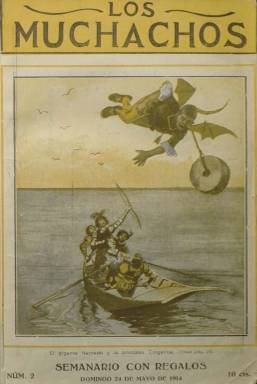
Título: Los Muchachos (Madrid)
Colección: Revistas infantiles
Ámbito geográfico: Madrid
Lugar de publicación: Madrid
Fechas: 17/05/1914-03/09/1922

Semanario con regalos es el subtítulo de esta revista infantil que destaca entre otras cosas por haberse publicado en sus páginas la que parece la primera traducción al español de ‘Alicia en el País de las Maravillas’, obra del británico Lewis Carroll publicada inicialmente en 1865.

La novela, en una versión resumida, comenzó a publicarse por entregas en esta revista a partir del 15 de noviembre de 1914. Fueron ocho entregas ilustradas por F. Mota. Hubo que esperar hasta 1927 para que se publicara la novela completa por la editorial Juventud con ilustraciones de Lola Anglada. La edición más antigua que posee la BNE es la tercera de esta editorial, de 1935.

   Las publicaciones para niños, antes predominantemente didácticas y moralistas, empezaron a principios del siglo XX a pensar más en la pura diversión de los pequeños, con historietas, chistes y concursos, aunque sin olvidar la parte didáctica. Junto a los cuentos y pasatiempos, Los Muchachos incluía informaciones y reportajes sobre Historia o naturaleza. ‘Divertiros siempre, aún cuando os instruyamos, es nuestro programa’, declaraba en su primer número.

    Coleccionando cupones de la revista se tenía derecho a un sorteo en el que se repartían más de 5.000 pesetas en regalos, según se decía en su segundo número: ‘1 triciclo, 5 equipos de soldado, 2 linternas mágicas, 3 cinematógrafos, 10 cajas de soldados, 20 colleras, 25 diávolos de goma, 59 balones, que hacen un total de 125 juguetes’.

   Todos estos juguetes, junto con libros de cuentos y enciclopedias que también se regalaban, eran expuestos antes del sorteo en una tienda de la calle de Sagasta, de Madrid.

  Las historietas tipo comic también fueron un importante componente de Los Muchachos, que fue coetánea de la revista TBO, la publicación que dio nombre a los tebeos. El semanario, que inicialmente utilizaba el color solo en la cubierta, fue progresivamente incorporándolo en páginas interiores para las historietas y también en la última página, con recortes de vestidos para las niñas u otros contenidos.

  Era editada al parecer por la misma empresa que publicaba semanalmente la revista de viajes Alrededor del Mundo; ambas utilizaban la misma imprenta. Y la paginación se mantuvo siempre en torno a las 20 páginas, unas veces menos, otras más. Según la Biblioteca Regional de Madrid, el semanario se publicó hasta 1927, aunque la colección de la BNE concluye en septiembre de 1922.

[Descripción publicada el 17/08/2022]